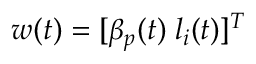
w ( t ) = [ \beta _ { p } ( t ) \; l _ { i } ( t ) ] ^ { T }